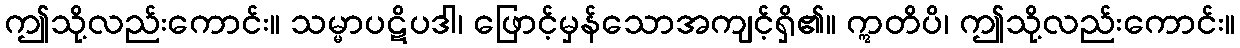
ဤသို့လည်းကောင်း။ သမ္မာပဋိပဒါ၊ ဖြောင့်မှန်သောအကျင့်ရှိ၏။ ဣတိပိ၊ ဤသို့လည်းကောင်း။